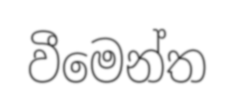
වීමෙන්ත